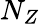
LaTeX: N_{Z}